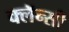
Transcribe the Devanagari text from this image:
क्लॅन्सी